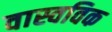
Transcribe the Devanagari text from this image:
वास्वविक